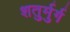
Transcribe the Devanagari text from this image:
शतुर्मुर्ग